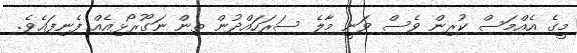
މީގެ އެއްމަސް ކުރިން ވެސް ވަނީ މާލެ ސަރަހައްދުން ތިން ނަގޫރޯޅިއެއް ފެނިފައެވެ.